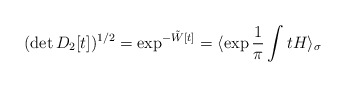
\begin{align*}(\det D_2[t])^{1/2} = \exp^{-\tilde W[t]} =\langle \exp \frac{1}{\pi }\int t H \rangle_\sigma\end{align*}